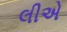
લીએ